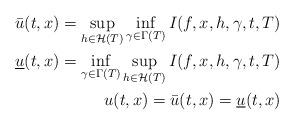
LaTeX: \begin{align*}\bar{u}(t,x)=\sup_{h \in {\mathcal{H}}(T)}\inf_{\gamma \in \Gamma(T)}I(f,x,h,\gamma,t,T)\\\underline{u}(t,x)=\inf_{\gamma \in \Gamma(T)}\sup_{h \in {\mathcal{H}}(T)}I(f,x,h,\gamma,t,T)\\u(t,x)=\bar{u}(t,x)=\underline{u}(t,x)\end{align*}